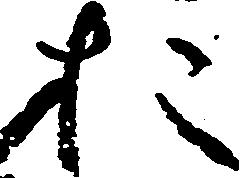
お